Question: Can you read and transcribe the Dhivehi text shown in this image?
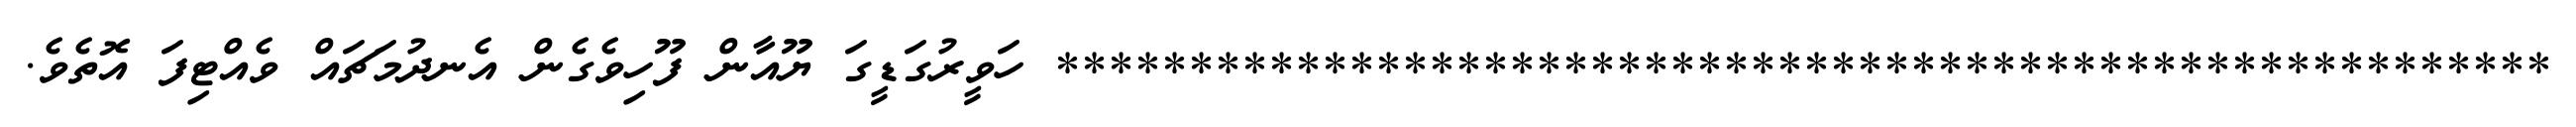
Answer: ******************************************************** ހަވީރުގަޑީގަ ޔޫއާން ފޫހިވެގެން އެނދުމަޗައް ވެއްޓިފަ އޮތެވެ.